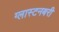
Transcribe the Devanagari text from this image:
ग्लास्टनबरी